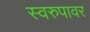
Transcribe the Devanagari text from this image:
स्वरुपावर